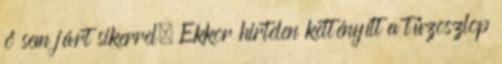
ő sem járt sikerrel. Ekkor hirtelen kettényílt a tűzoszlop